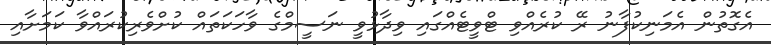
އެގޮތުން އެމަނިކުފާނު ރޭ ކުރެއްވި ޓްވީޓެއްގައި ވިދާޅުވީ ނަސީމްގެ ވާހަކަތައް ކުށްވެރިކުރައްވާ ކަމަށާއި